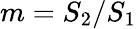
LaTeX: m=S_{2}/S_{1}